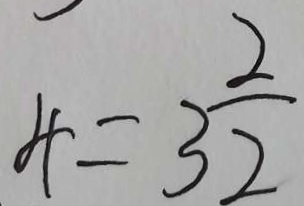
4 = 3 \frac { 2 } { 2 }